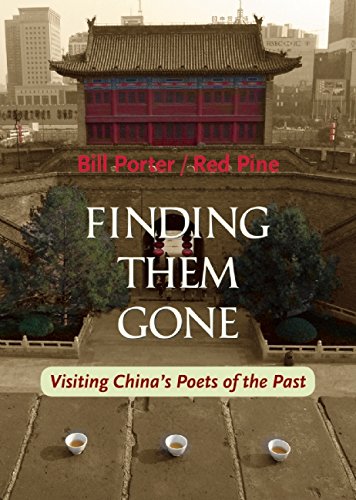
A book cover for Finding Them Gone: Visiting China's Poets of the Past; Red Pine; Literature & Fiction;